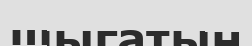
шыгатын